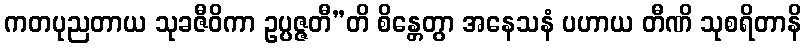
ကတပုညတာယ သုခဇီဝိကာ ဥပ္ပဇ္ဇတီ”တိ စိန္တေတွာ အနေသနံ ပဟာယ တီဏိ သုစရိတာနိ